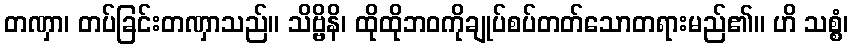
တဏှာ၊ တပ်ခြင်းတဏှာသည်။ သိဗ္ဗိနိ၊ ထိုထိုဘဝကိုချုပ်စပ်တတ်သောတရားမည်၏။ ဟိ သစ္စံ၊